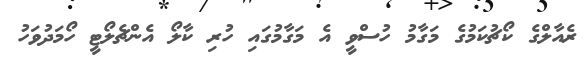
ރެއާލްގެ ކޯޗުކަމުގެ މަގާމު ހުސްވީ އެ މަގާމުގައި ހުރި ކާލޯ އެންޗެލޯޓީ ހޯމަދުވަހު